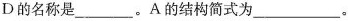
D的名称是_。A的结构简式为_。